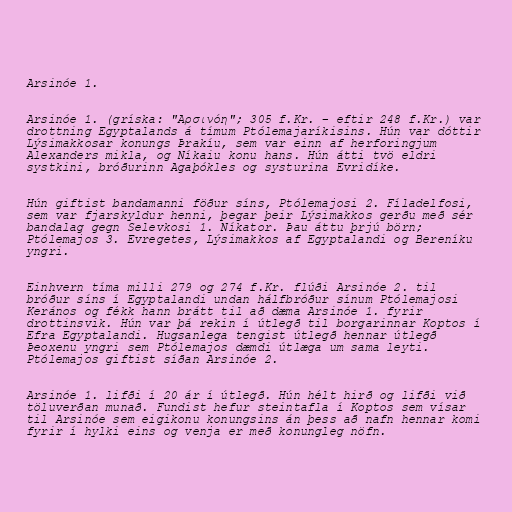
Arsinóe 1.

Arsinóe 1. (gríska: "Αρσινόη"; 305 f.Kr. – eftir 248 f.Kr.) var
drottning Egyptalands á tímum Ptólemajaríkisins. Hún var dóttir
Lýsimakkosar konungs Þrakíu, sem var einn af herforingjum
Alexanders mikla, og Níkaiu konu hans. Hún átti tvö eldri
systkini, bróðurinn Agaþókles og systurina Evridíke.

Hún giftist bandamanni föður síns, Ptólemajosi 2. Fíladelfosi,
sem var fjarskyldur henni, þegar þeir Lýsimakkos gerðu með sér
bandalag gegn Selevkosi 1. Níkator. Þau áttu þrjú börn;
Ptólemajos 3. Evregetes, Lýsimakkos af Egyptalandi og Bereníku
yngri.

Einhvern tíma milli 279 og 274 f.Kr. flúði Arsinóe 2. til
bróður síns í Egyptalandi undan hálfbróður sínum Ptólemajosi
Kerános og fékk hann brátt til að dæma Arsinóe 1. fyrir
drottinsvik. Hún var þá rekin í útlegð til borgarinnar Koptos í
Efra Egyptalandi. Hugsanlega tengist útlegð hennar útlegð
Þeoxenu yngri sem Ptólemajos dæmdi útlæga um sama leyti.
Ptólemajos giftist síðan Arsinóe 2.

Arsinóe 1. lifði í 20 ár í útlegð. Hún hélt hirð og lifði við
töluverðan munað. Fundist hefur steintafla í Koptos sem vísar
til Arsinóe sem eigikonu konungsins án þess að nafn hennar komi
fyrir í hylki eins og venja er með konungleg nöfn.